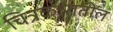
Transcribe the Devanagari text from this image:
चित्रकारातील